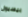
بيسبول